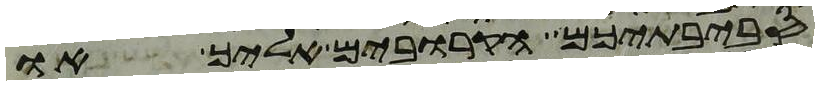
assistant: סביבתיכם הקרובים אליך או